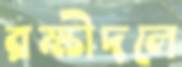
রক্ষীদলে